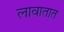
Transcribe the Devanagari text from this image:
लावातात